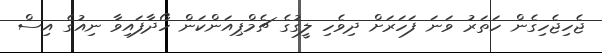
ޖެހިޖެހިގެން ހަތަރު ވަނަ ފަހަރަށް ދިވެހި ލީގުގެ ޗެމްޕިއަންކަން ހޯދާފައިވާ ނިއުގެ އިސް